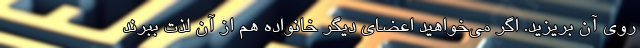
روی آن بریزید. اگر می‌خواهید اعضای دیگر خانواده هم از آن لذت ببرند